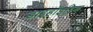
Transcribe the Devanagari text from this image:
डाइहॉइड्रिक